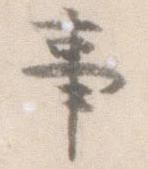
事